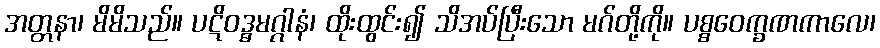
အတ္တနာ၊ မိမိသည်။ ပဋိဝဒ္ဓမဂ္ဂါနံ၊ ထိုးထွင်း၍ သိအပ်ပြီးသော မဂ်တို့ကို။ ပစ္စဝေက္ခဏကာလေ၊